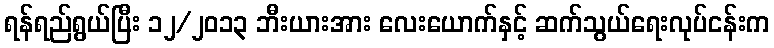
ရန်ရည်ရွယ်ပြီး ၁၂/၂၀၁၃ ဘီးယားအား လေးယောက်နှင့် ဆက်သွယ်ရေးလုပ်ငန်းက